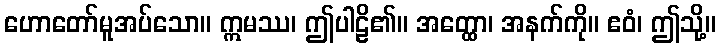
ဟောတော်မူအပ်သော။ ဣမဿ၊ ဤပါဠိ၏။ အတ္ထော၊ အနက်ကို။ ဧဝံ၊ ဤသို့။